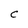
Character: c